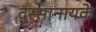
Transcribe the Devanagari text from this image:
दस्सानायके